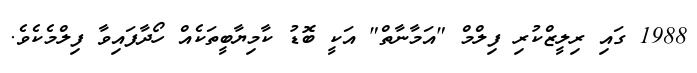
1988 ގައި ރިލީޒްކުރި ފިލްމް "އަމާނާތް" އަކީ ބޮޑު ކާމިޔާބީތަކެއް ހޯދާފައިވާ ފިލްމެކެވެ.